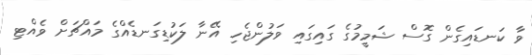
ވާ ކަނޑައިގެން ގޮސް ޝަމީމުގެ ގައިގައި ވަލުންޖެހި އޭނާ ލަކުޑިގަނޑެއްގެ މައްޗަށް ވެއްޓި